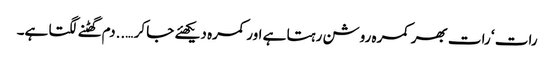
رات ‘ رات بھر کمرہ روشن رہتا ہے اور کمرہ دیکھئے جا کر …..دم گھٹنے لگتا ہے۔